Report of the Municipal Commissioner on the plague in Bombay for the year ending 31st May... - Volume 1
Disease focus: Plague
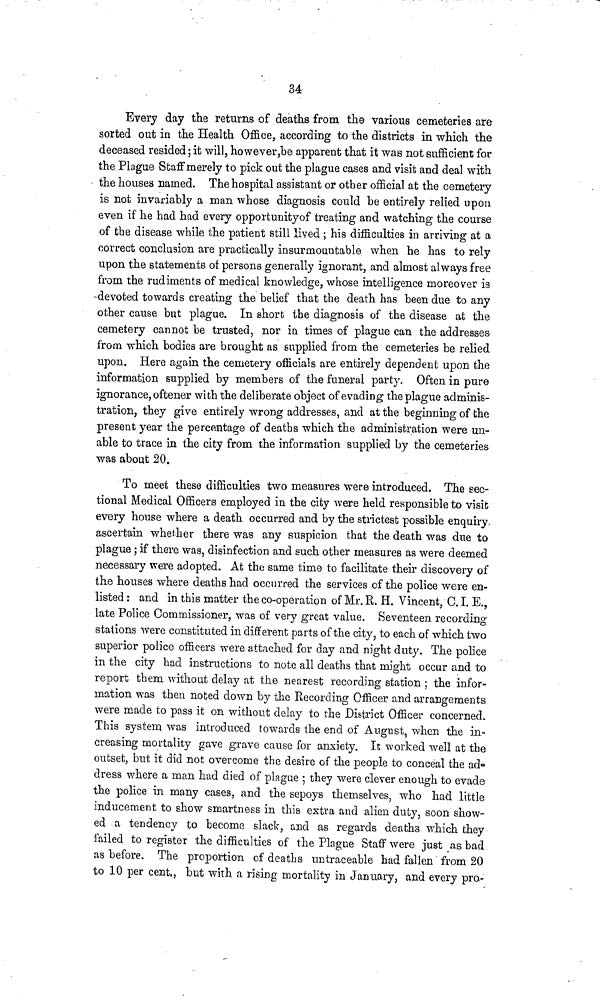
34
Every day the returns of deaths from the various cemeteries are
sorted out in the Health Office, according to the districts in which the
deceased resided ; it will, however, be apparent that it was not sufficient for
the Plague Staff merely to pick out the plague cases and visit and deal with
the houses named. The hospital assistant or other official at the cemetery
is not invariably a man whose diagnosis could be entirely relied upon
even if he had had every opportunityof treating and watching the course
of the disease while the patient still lived ; his difficulties in arriving at a
correct conclusion are practically insurmountable when he has to rely
upon the statements of persons generally ignorant, and almost always free
from the rudiments of medical knowledge, whose intelligence moreover is
devoted towards creating the belief that the death has been due to any
other cause but plague. In short the diagnosis of the disease at the
cemetery cannot be trusted, nor in times of plague can the addresses
from which bodies are brought as supplied from the cemeteries be relied
upon. Here again the cemetery officials are entirely dependent upon the
information supplied by members of the funeral party. Often in pure
ignorance, oftener with the deliberate object of evading the plague adminis-
tration, they give entirely wrong addresses, and at the beginning of the
present year the percentage of deaths which the administration were un-
able to trace in the city from the information supplied by the cemeteries
was about 20.
To meet these difficulties two measures were introduced. The sec-
tional Medical Officers employed in the city were held responsible to visit
every house where a death occurred and by the strictest possible enquiry
ascertain whether there was any suspicion that the death was due to
plague ; if there was, disinfection and such other measures as were deemed
necessary were adopted. At the same time to facilitate their discovery of
the houses where deaths had occurred the services of the police were en-
listed : and in this matter the co-operation of Mr. R. H. Vincent, C. I. E.,
late Police Commissioner, was of very great value. Seventeen recording
stations were constituted in different parts of the city, to each of which two
superior police officers were attached for day and night duty. The police
in the city had instructions to note all deaths that might occur and to
report them without delay at the nearest recording station ; the infor-
mation was then noted down by the Recording Officer and arrangements
were made to pass it on without delay to the District Officer concerned.
This system was introduced towards the end of August, when the in-
creasing mortality gave grave cause for anxiety. It worked well at the
outset, but it did not overcome the desire of the people to conceal the ad-
dress where a man had died of plague 5 they were clever enough to evade
the police in many cases, and the sepoys themselves, who had little
inducement to show smartness in this extra and alien duty, soon show-
ed a tendency to become slack, and as regards deaths which they
failed to register the difficulties of the Plague Staff were just as bad
as before. The proportion of deaths untraceable had fallen from 20
to 10 per cent., but with a rising mortality in January, and every pro-